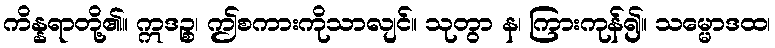
ကိန္နရာတို့၏။ ဣဒဉ္စ၊ ဤစကားကိုသာလျင်။ သုတွာ န၊ ကြားကုန်၍။ သမ္မောဒထ၊